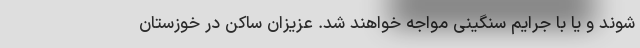
شوند و یا با جرایم سنگینی مواجه خواهند شد. عزیزان ساکن در خوزستان